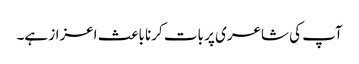
آپ کی شاعری پر بات کرنا باعث اعزاز ہے۔